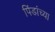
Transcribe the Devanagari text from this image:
पिंडांच्या